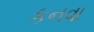
કનવા